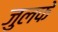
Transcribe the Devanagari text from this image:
जुलफे